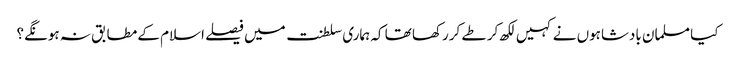
کیا مسلمان بادشاہوں نے کہیں لکھ کر طے کررکھا تھا کہ ہماری سلطنت میں فیصلے اسلام کے مطابق نہ ہونگے؟